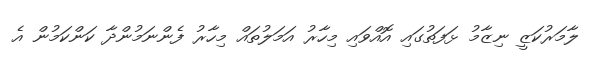
ލާމަރުކަޒީ ނިޒާމު ޅަފަތުގައި އޮއްވައި މިހާރު އަމަލުތައް މިހާރު ފެންނަމުންދާ ކަންކަމުން އެ